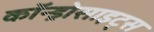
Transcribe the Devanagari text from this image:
कॉन्ड्रोसाइट्स